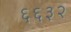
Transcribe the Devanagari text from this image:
६६३२